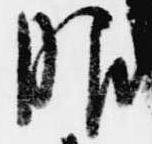
服